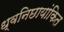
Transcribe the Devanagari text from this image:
ध्वनिछायांकित